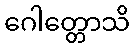
ဂေါတ္တောသိ